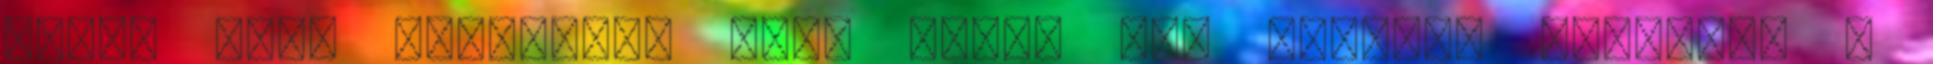
AGWPE nevű windowsos soft szája íze szerint történik a